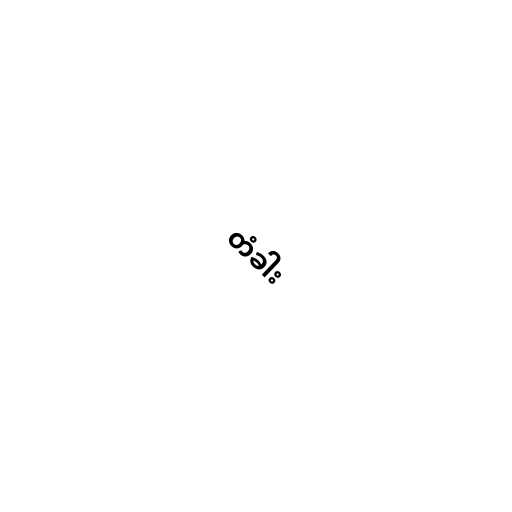
တံခါး